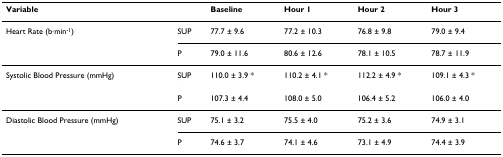
| Variable |  | Baseline | Hour 1 | Hour 2 | Hour 3 |
 | --- | --- | --- | --- | --- | --- |
 | Heart Rate (b·min-1) | SUP | 77.7 ± 9.6 | 77.2 ± 10.3 | 76.8 ± 9.8 | 79.0 ± 9.4 |
 |  | P | 79.0 ± 11.6 | 80.6 ± 12.6 | 78.1 ± 10.5 | 78.7 ± 11.9 |
 | Systolic Blood Pressure (mmHg) | SUP | 110.0 ± 3.9 * | 110.2 ± 4.1 * | 112.2 ± 4.9 * | 109.1 ± 4.3 * |
 |  | P | 107.3 ± 4.4 | 108.0 ± 5.0 | 106.4 ± 5.2 | 106.0 ± 4.0 |
 | Diastolic Blood Pressure (mmHg) | SUP | 75.1 ± 3.2 | 75.5 ± 4.0 | 75.2 ± 3.6 | 74.9 ± 3.1 |
 |  | P | 74.6 ± 3.7 | 74.1 ± 4.6 | 73.1 ± 4.9 | 74.4 ± 3.9 |